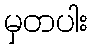
မှတပါး